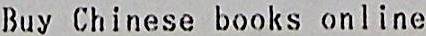
BUY CHINESE BOOKS ONLINE